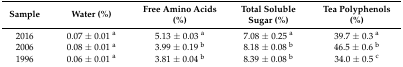
<table><thead><tr><td><b>Sample</b></td><td><b>Water (%)</b></td><td><b>Free Amino Acids (%)</b></td><td><b>Total Soluble Sugar (%)</b></td><td><b>Tea Polyphenols (%)</b></td></tr></thead><tbody><tr><td>2016</td><td>0.07 ± 0.01 <sup>a</sup></td><td>5.13 ± 0.03 <sup>a</sup></td><td>7.08 ± 0.25 <sup>a</sup></td><td>39.7 ± 0.3 <sup>a</sup></td></tr><tr><td>2006</td><td>0.08 ± 0.01 <sup>a</sup></td><td>3.99 ± 0.19 <sup>b</sup></td><td>8.18 ± 0.08 <sup>b</sup></td><td>46.5 ± 0.6 <sup>b</sup></td></tr><tr><td>1996</td><td>0.06 ± 0.01 <sup>a</sup></td><td>3.81 ± 0.04 <sup>b</sup></td><td>8.39 ± 0.08 <sup>b</sup></td><td>34.0 ± 0.5 <sup>c</sup></td></tr></tbody></table>